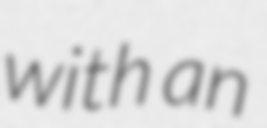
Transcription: with an